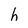
Character: h